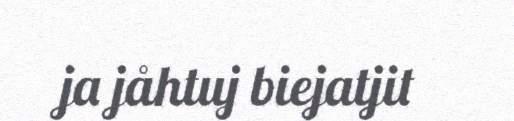
ja jåhtuj biejatjit